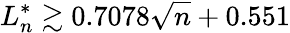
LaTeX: L_{n}^{*}\gtrsim 0.7078{\sqrt{n}}+0.551